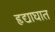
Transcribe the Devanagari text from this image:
हृद्याघात